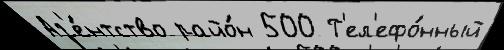
Аг'е́нтство райо́н 500 Т'ел'ефо́нный